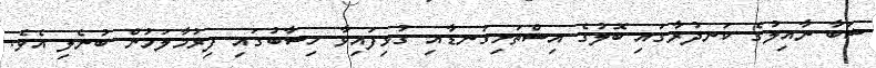
ޝަބާ ނާއިލުގެ ކަނދުރާގައި ބޮލުގެ އިސްތަށިގަނޑާއި ގުޅިފައިވާ ހިސާބުގައި ފިރުމާލަމުން ބުނެލި އެވެ.